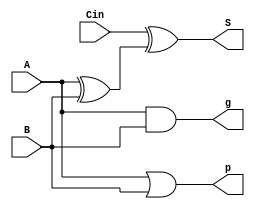
module CLA_Cell( output S, output p,g, input A,B, input Cin);
	wire intermediate;
	and a1(g,A,B); 
	or  o1(p,A,B); 
	xor x1(intermediate,A,B); 
	xor x2(S,Cin,intermediate);
endmodule